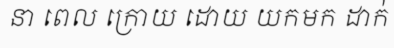
នា ពេល ក្រោយ ដោយ យកមក ដាក់